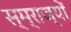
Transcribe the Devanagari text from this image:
स्म्राज्यों